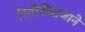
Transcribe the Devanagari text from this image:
रितीरीवाजाने